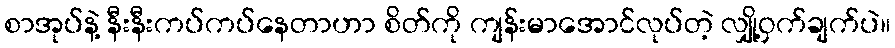
စာအုပ်နဲ့ နီးနီးကပ်ကပ်နေတာဟာ စိတ်ကို ကျန်းမာအောင်လုပ်တဲ့ လျှို့ဝှက်ချက်ပဲ။